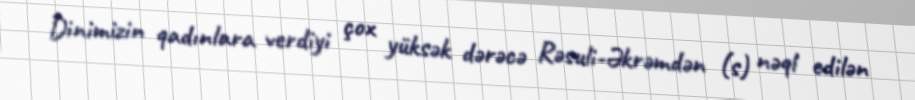
Dinimizin qadınlara verdiyi çox yüksək dərəcə Rəsuli-Əkrəmdən (s) nəql edilən